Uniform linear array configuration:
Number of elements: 48
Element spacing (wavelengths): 0.5
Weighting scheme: binomial
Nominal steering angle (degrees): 0
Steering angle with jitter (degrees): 1.441
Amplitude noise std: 0.05
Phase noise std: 0.05

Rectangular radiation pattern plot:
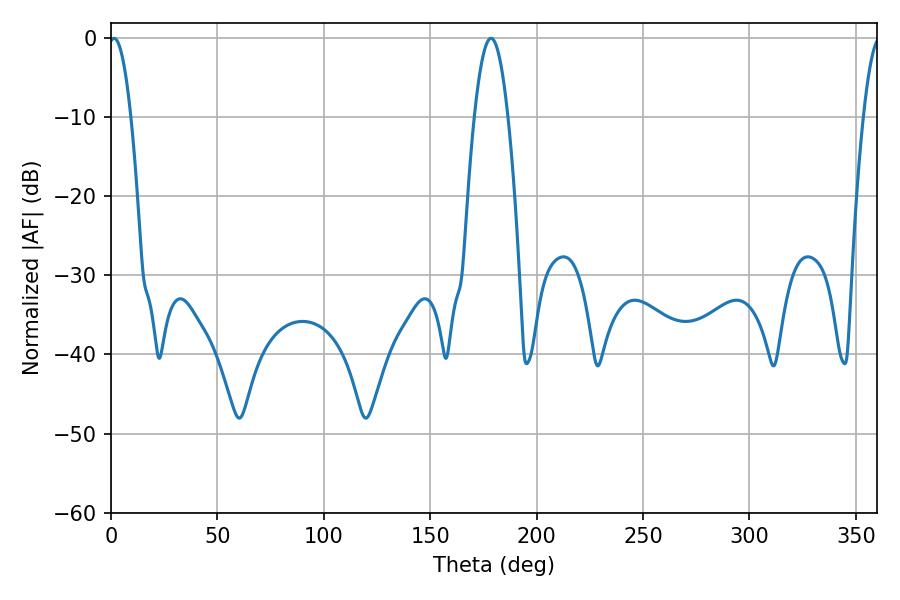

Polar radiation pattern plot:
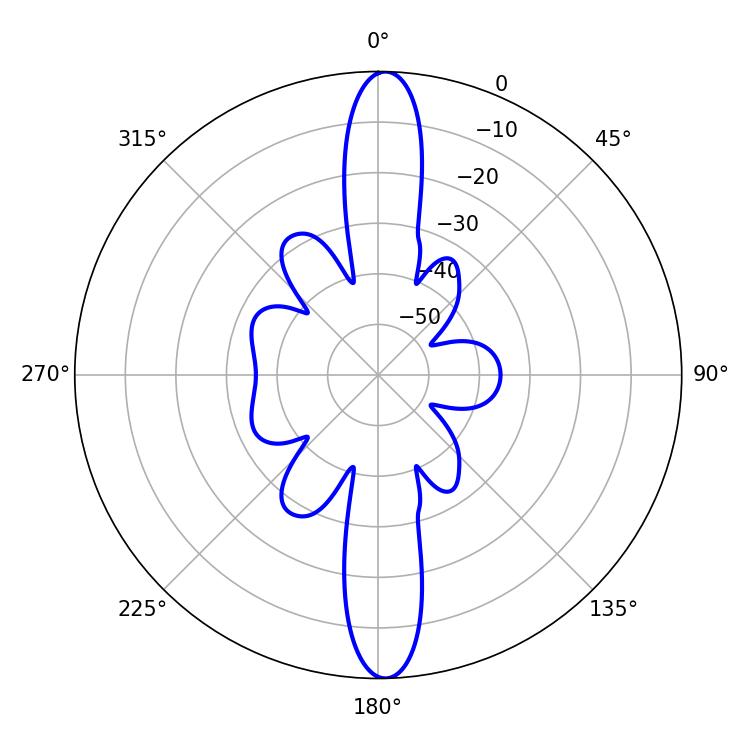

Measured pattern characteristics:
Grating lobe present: FALSE
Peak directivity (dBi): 24.329
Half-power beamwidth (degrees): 5.76
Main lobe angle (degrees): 1.44